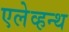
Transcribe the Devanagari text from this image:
एलेव्हन्थ